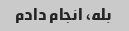
بله، انجام دادم